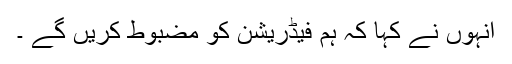
انہوں نے کہا کہ ہم فیڈریشن کو مضبوط کریں گے ۔